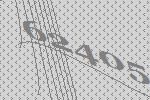
62405